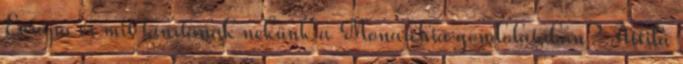
Európa és mit tanítanak nekünk a Monarchia gondolatában? Attila